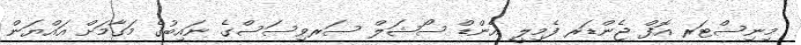
މިނިސްޓަރ އޮފް ޖެންޑަރ ފެމިލީ އެންޑް ސޯޝަލް ސަރވިސަސްގެ ނައިބުގެ މަގާމަށް އައްޔަން